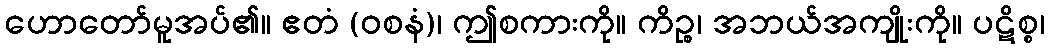
ဟောတော်မူအပ်၏။ ဧတံ (ဝစနံ)၊ ဤစကားကို။ ကိဉ္စ၊ အဘယ်အကျိုးကို။ ပဋိစ္စ၊